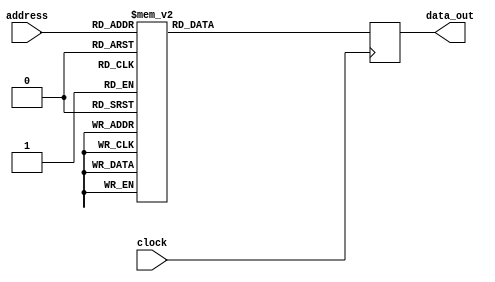
// MEMRIA SNCRONA 16X4 -------------------------------------------------------
module sync_rom_16x4 (clock, address, data_out);
    input            clock;
    input      [3:0] address;
    output reg [3:0] data_out;

    always @ (posedge clock)
    begin
        case (address)
            4'b0000: data_out = 4'b0001;
            4'b0001: data_out = 4'b0010;
            4'b0010: data_out = 4'b0100;
            4'b0011: data_out = 4'b1000;
            4'b0100: data_out = 4'b0100;
            4'b0101: data_out = 4'b0010;
            4'b0110: data_out = 4'b0001;
            4'b0111: data_out = 4'b0001;
            4'b1000: data_out = 4'b0010;
            4'b1001: data_out = 4'b0010;
            4'b1010: data_out = 4'b0100;
            4'b1011: data_out = 4'b0100;
            4'b1100: data_out = 4'b1000;
            4'b1101: data_out = 4'b1000;
            4'b1110: data_out = 4'b0001;
            4'b1111: data_out = 4'b0100;
        endcase
    end
endmodule